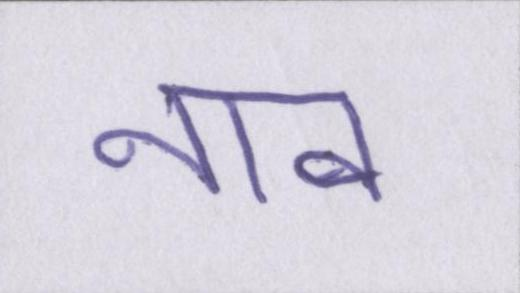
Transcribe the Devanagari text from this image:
नाव